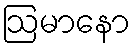
ဩမာနော